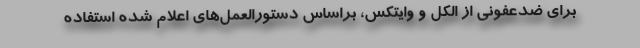
برای ضدعفونی از الکل و وایتکس، براساس دستورالعمل‌های اعلام شده استفاده